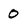
Character: 0